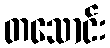
တသောင်း